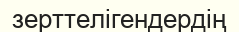
зерттелігендердің